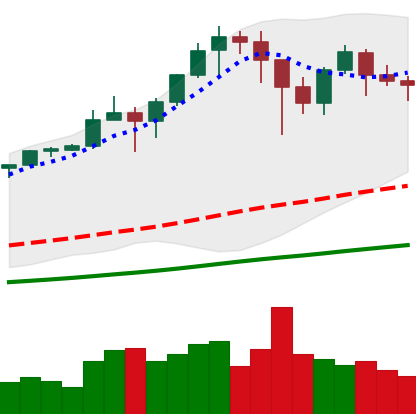
Ticker: BTC-USD
Chart end date: 2021-01-17
Forward return: -7.783%
Label: down_7plus